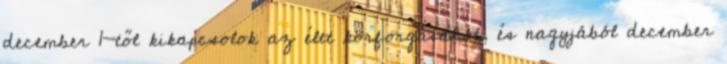
december 1-től kikapcsolok az élet körforgásából, és nagyjából december